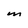
Character: M